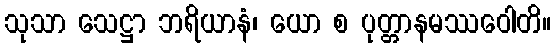
သုသာ သေဋ္ဌာ ဘရိယာနံ၊ ယော စ ပုတ္တာနမဿဝေါတိ။